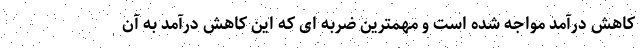
کاهش درآمد مواجه شده است و مهمترین ضربه ای که این کاهش درآمد به آن